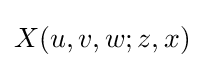
X(u,v,w;z,x)